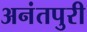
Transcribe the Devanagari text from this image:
अनंतपुरी